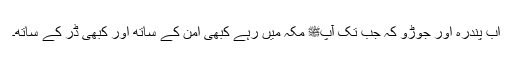
اب پندرہ اور جوڑو کہ جب تک آپﷺ مکہ میں رہے کبھی امن کے ساتھ اور کبھی ڈر کے ساتھ۔